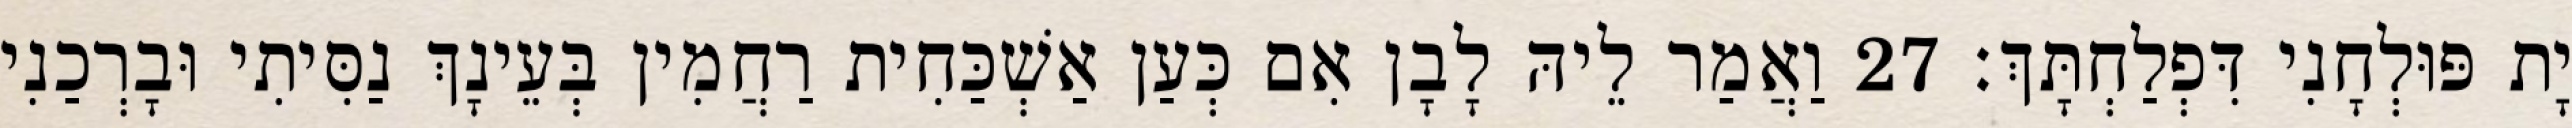
יָת פּוּלְחָנִי דִּפְלַחְתָּךְ׃ 27 וַאֲמַר לֵיהּ לָבָן אִם כְּעַן אַשְׁכַּחִית רַחֲמִין בְּעֵינָךְ נַסִּיתִי וּבָרְכַנִי